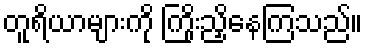
တူရိယာများကို ကြိုးညှိနေကြသည်။